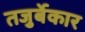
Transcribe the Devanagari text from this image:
तजुर्बेकार